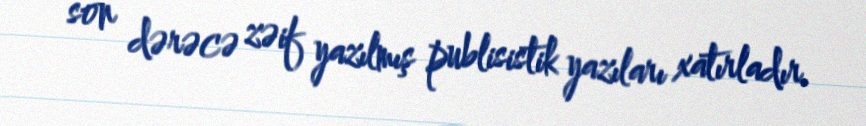
son dərəcə zəif yazılmış publisistik yazıları xatırladır.